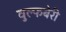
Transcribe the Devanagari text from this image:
वुल्फबेरी